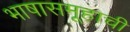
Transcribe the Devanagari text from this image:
भाषासमूहाची